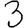
Digit: 3